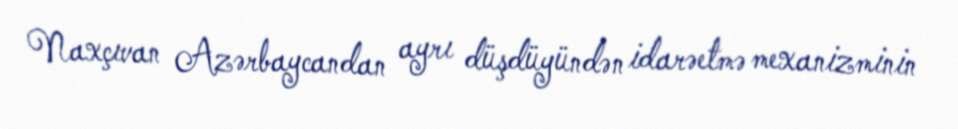
Naxçıvan Azərbaycandan ayrı düşdüyündən idarəetmə mexanizminin